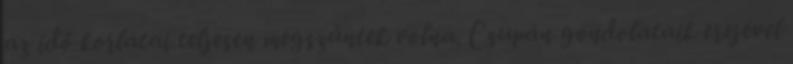
az idő korlátai teljesen megszűntek volna. Csupán gondolataik erejével